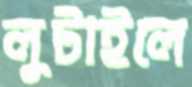
লুটাইলে